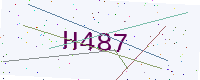
Text: H487